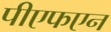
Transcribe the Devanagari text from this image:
पीएफएन